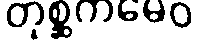
တုစ္ဆကမေဝ